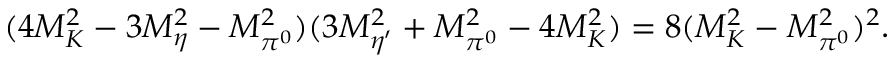
( 4 M _ { K } ^ { 2 } - 3 M _ { \eta } ^ { 2 } - M _ { \pi ^ { 0 } } ^ { 2 } ) ( 3 M _ { \eta ^ { \prime } } ^ { 2 } + M _ { \pi ^ { 0 } } ^ { 2 } - 4 M _ { K } ^ { 2 } ) = 8 ( M _ { K } ^ { 2 } - M _ { \pi ^ { 0 } } ^ { 2 } ) ^ { 2 } .